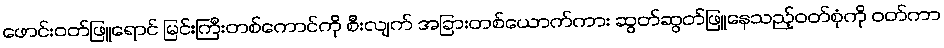
ဖောင်းဝတ်ဖြူရောင် မြင်းကြီးတစ်ကောင်ကို စီးလျက် အခြားတစ်ယောက်ကား ဆွတ်ဆွတ်ဖြူနေသည့်ဝတ်စုံကို ဝတ်ကာ